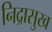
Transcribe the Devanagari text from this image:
निद्रासुख